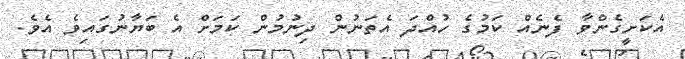
އެކަށީގެންވާ ފެނެއް ކަމުގެ ހުއްދަ އެތަނުން ދިނުމުން ކަމަށް އެ ބަޔާނުގައިވެ އެވެ.